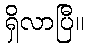
ရှိလာပြီ။